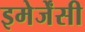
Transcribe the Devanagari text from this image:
इमेर्जेंसी